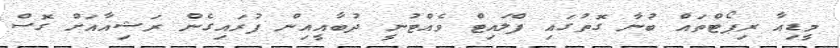
މީޑިއާ ރިޕޯޓްތައް ބުނާ ގޮތުގައި ފްލައިޓް ވެއްޓުނީ ދުބާއީއިން ފުރައިގެން ރަޝިއާއަށް ގޮސް